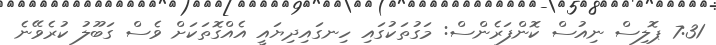
7:31 ޕޮލިސް ނިއުސް ކޮންފަރެންސް: މަގުތަކުގައި ހިނގައިދިޔައީ އެއްގޮތަކަށް ވެސް ގަބޫލު ކުރެވޭނެ